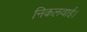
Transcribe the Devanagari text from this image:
निकलवाई।